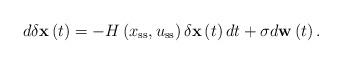
LaTeX: \begin{align*}d\mathbf{\delta{x}}\left(t\right)=-H\left(x_\mathrm{ss},u_\mathrm{ss}\right)\mathbf{\delta{x}}\left(t\right)dt+{\sigma}d\mathbf{w}\left(t\right).\end{align*}